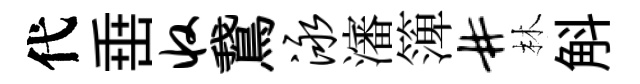
代𡸁收鵞泳瀋𥱼#林斛